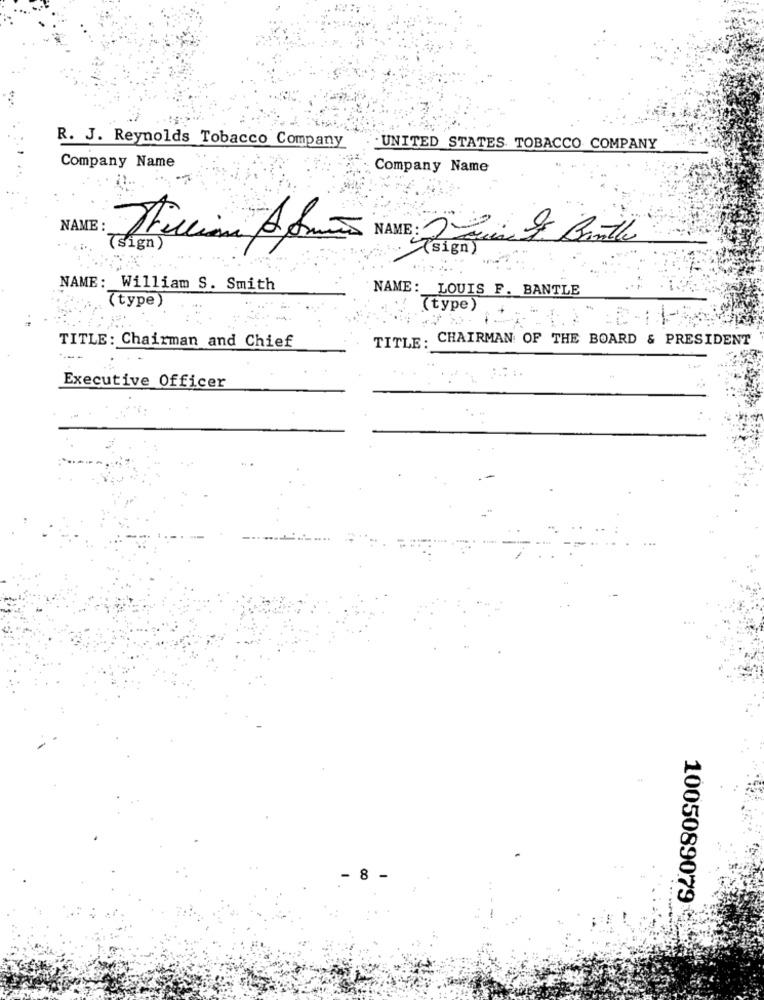
R. J. Reynolds Tobacco Company
UNITED STATES TOBACCO COMPANY
Company Name
Company Name
-
NAME :
NAME: William S. Smith
NAME: LOUIS F. BANTLE
(type
(type)
CHAIRMAN OF THE BOARD & PRESIDENT
TITLE: Chairman and Chief
TITLE:
Executive Officer
- 8 -
1005089079